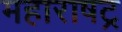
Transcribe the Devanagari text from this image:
महाराषट्र